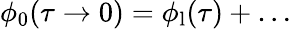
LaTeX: \phi_{0}(\tau\to 0)=\phi_{\mathrm{l}}(\tau)+\ldots